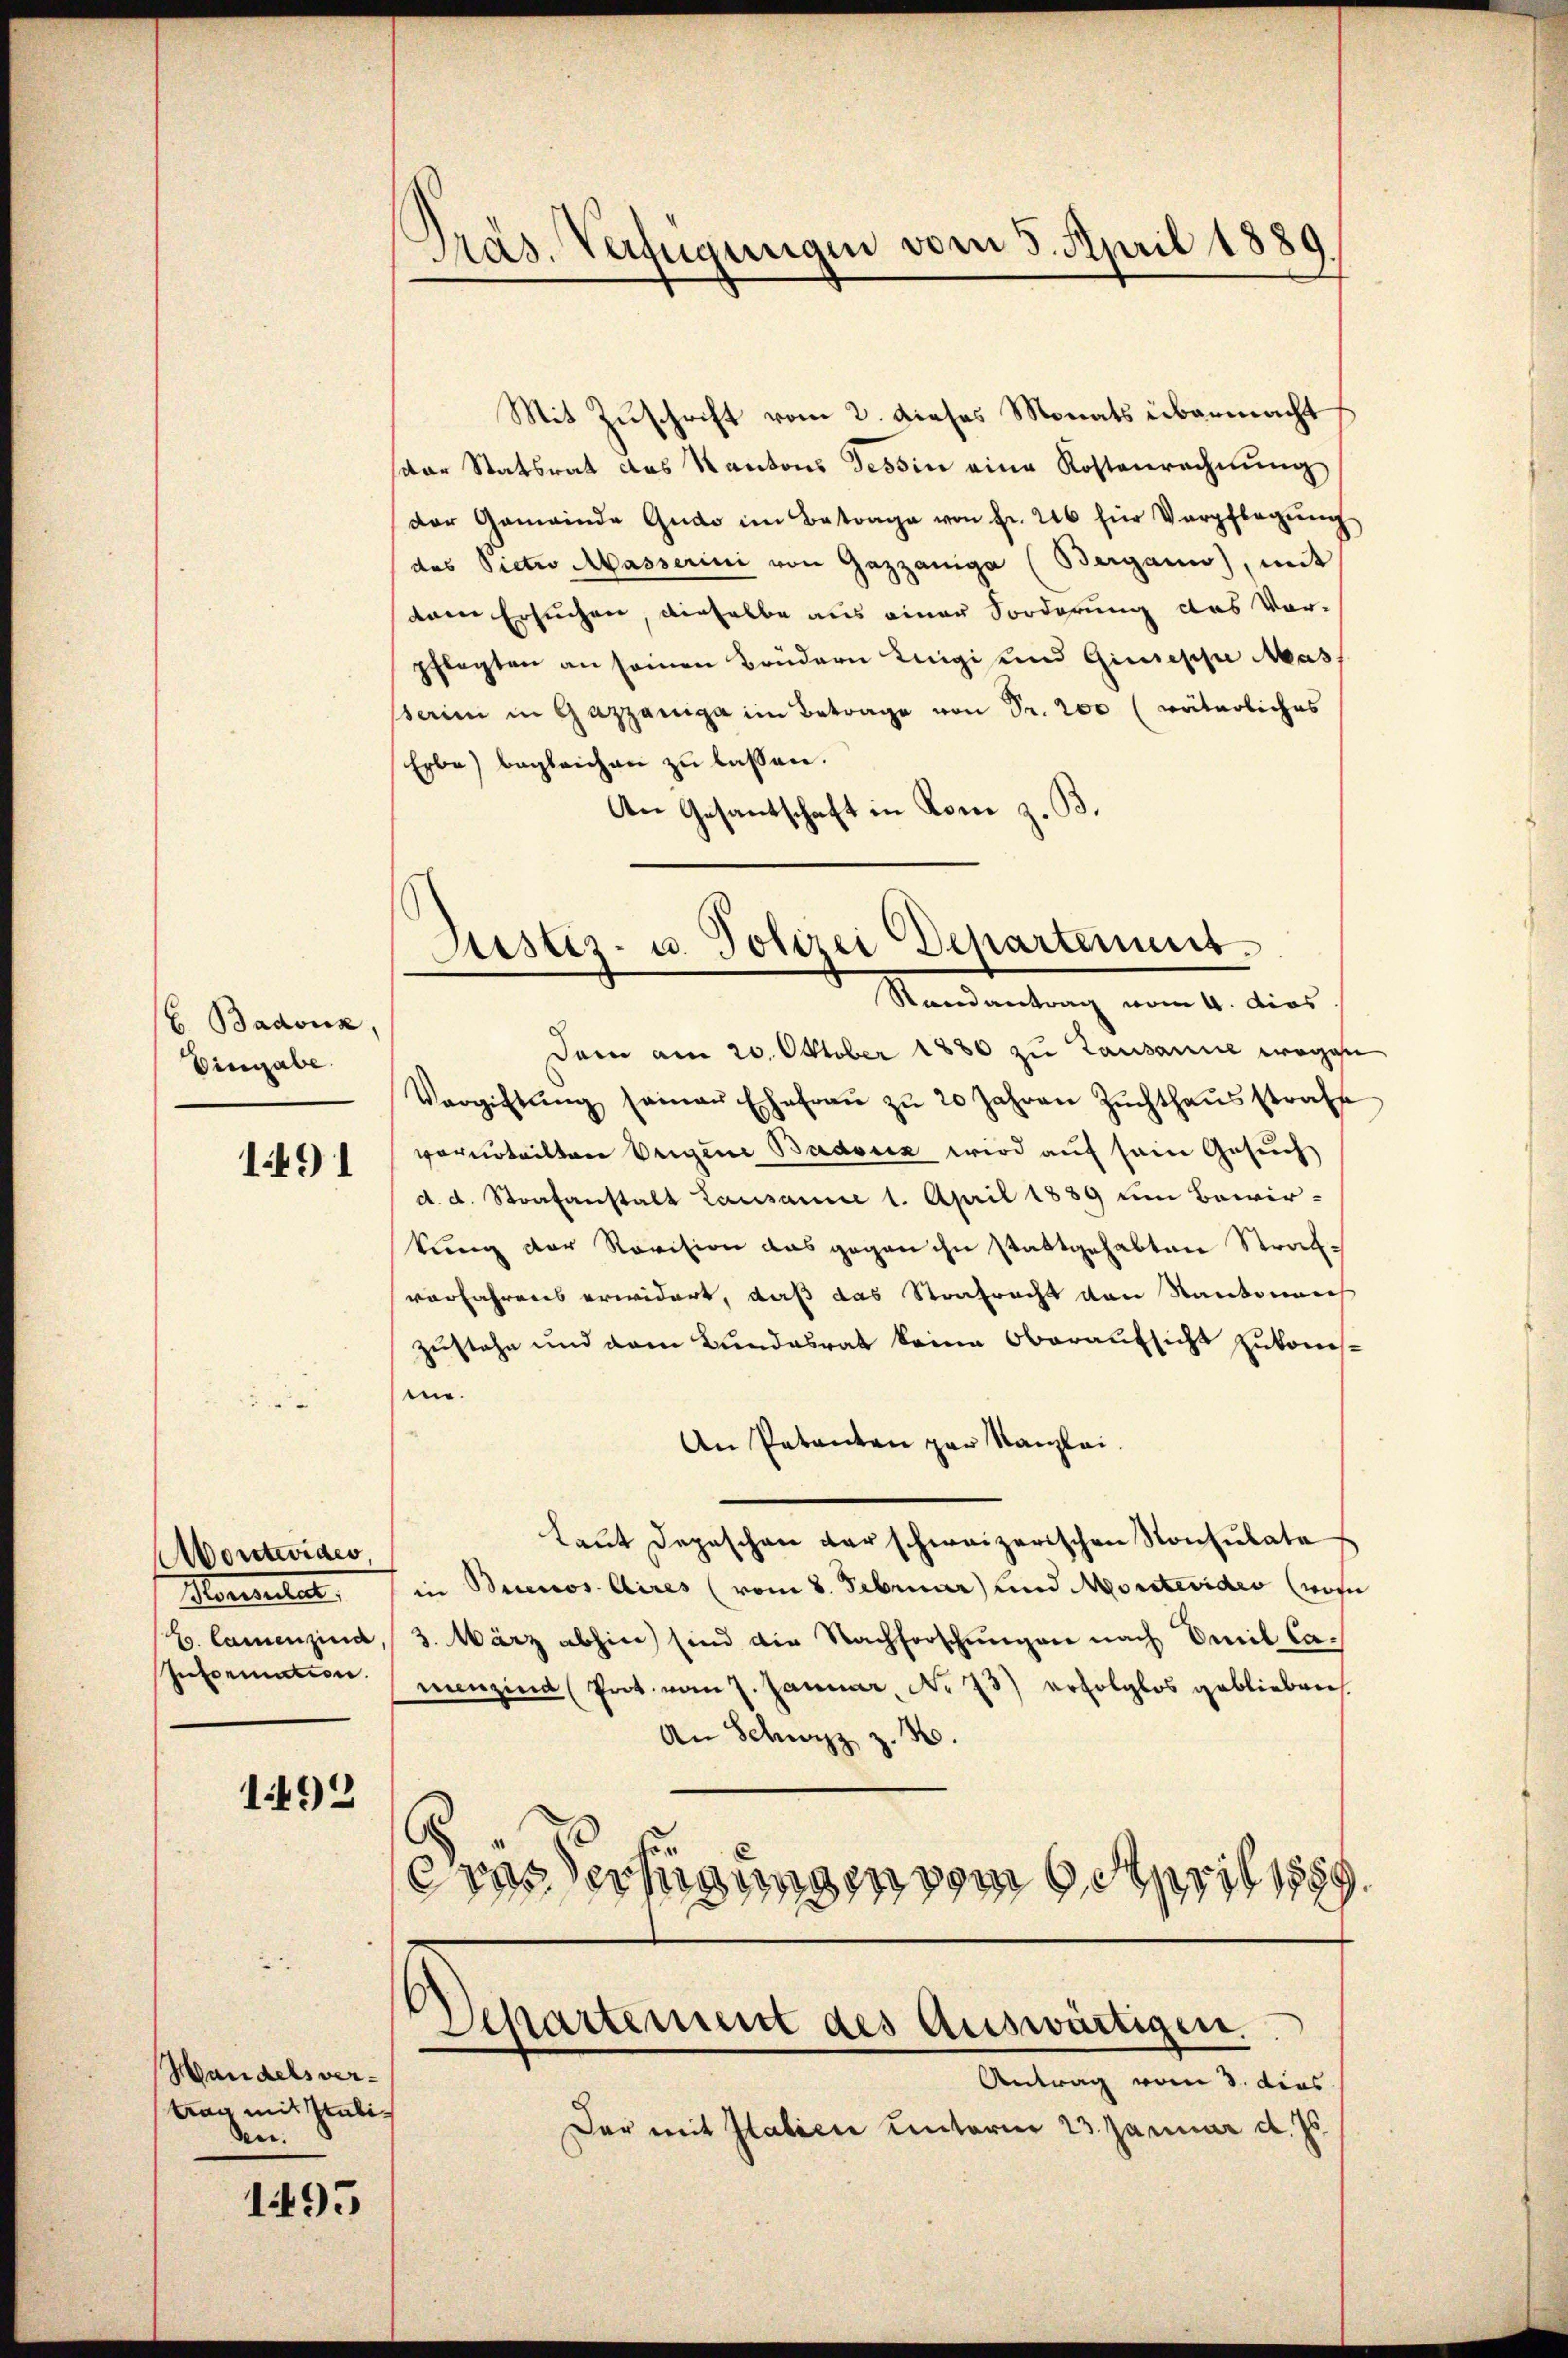
E Badoux,
Eingabe.

1491

ontevides
Meerente
E. Camenzina
Information.

1492

Handels vertrag mit stabiden.

1495

Mit Zuschrift vom 2. dieses Monats übermacht
spar Statsrat das Kantons Tessin eine Kostenrechnung
der Gemeinde Gudo im Betrage von Fr. 226 für Verpflegŭng
des Vietwo Masserini von Gazzaniga (Bergann), mit
dem Ersuchen, dieselbe aus einer Sorderung des Vor-
pflegten an seinen Brüdern Luigi und Giuseppe Mas
serini in Gazzaniga im Betrage von Fr. 200 (väterliches
Erbe) begleichen zu lassen.
An Gesantschaft in Rom z. B.

Präs. Verfügungen vom 5. April 1889

Justiz- u. Polizei Departement.
Randantrag vom 4. dies

Dem am 20. Oktober 1880 zu Lausanne wegen
Vergiftŭng seinen Ehefraŭ zŭ 20 Jahren Zŭchthaŭsstrafs
vorurteilten Weigene Badouz wird auf sein Gesuch
d. d. Strafanstalt Lausanne 1. April 1889 um Bewir-
kung der Revision das gegen ihn stattgehabten Strafvorfahrens erwidert, daß das Strafracht von Kantonen
zustehe und dem Bundesrat keine Oberaufsicht zukomten.
An Petenten par Kanzlei.
Laut Depeschen der schweizerischen Konsulate
in Buenos Aires (vom 8. Februar und Montevideo (wohn
3. März abhin) sind die Nachforschungen nach Emil Camenzind (Prot. vom 7. Januar, No 73) erfolglos geblieben
An Schwyz z. B.
.
eras erfügungen vom 6. April 1889.

Der mit Italici unterm 23. Januar d. Js.

Separtement des Auswärtigen.
Antrag vom 3. dies